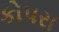
કોપરા